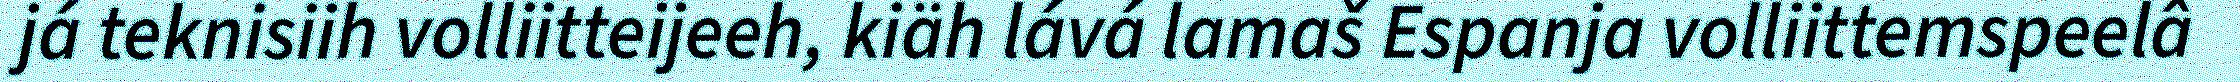
já teknisiih volliitteijeeh, kiäh lává lamaš Espanja volliittemspeelâ